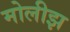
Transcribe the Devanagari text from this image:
मोलीझ